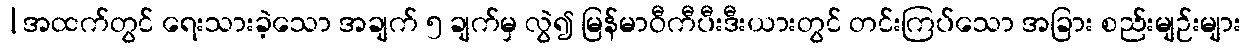
|အထက်တွင် ရေးသားခဲ့သော အချက် ၅ ချက်မှ လွဲ၍ မြန်မာဝီကီပီးဒီးယားတွင် တင်းကြပ်သော အခြား စည်းမျဉ်းများ